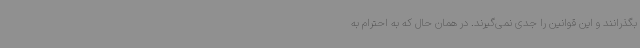
بگذرانند و این قوانین را جدی نمی‌گیرند. در همان حال که به احترام به